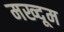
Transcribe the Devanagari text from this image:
मख्दूम